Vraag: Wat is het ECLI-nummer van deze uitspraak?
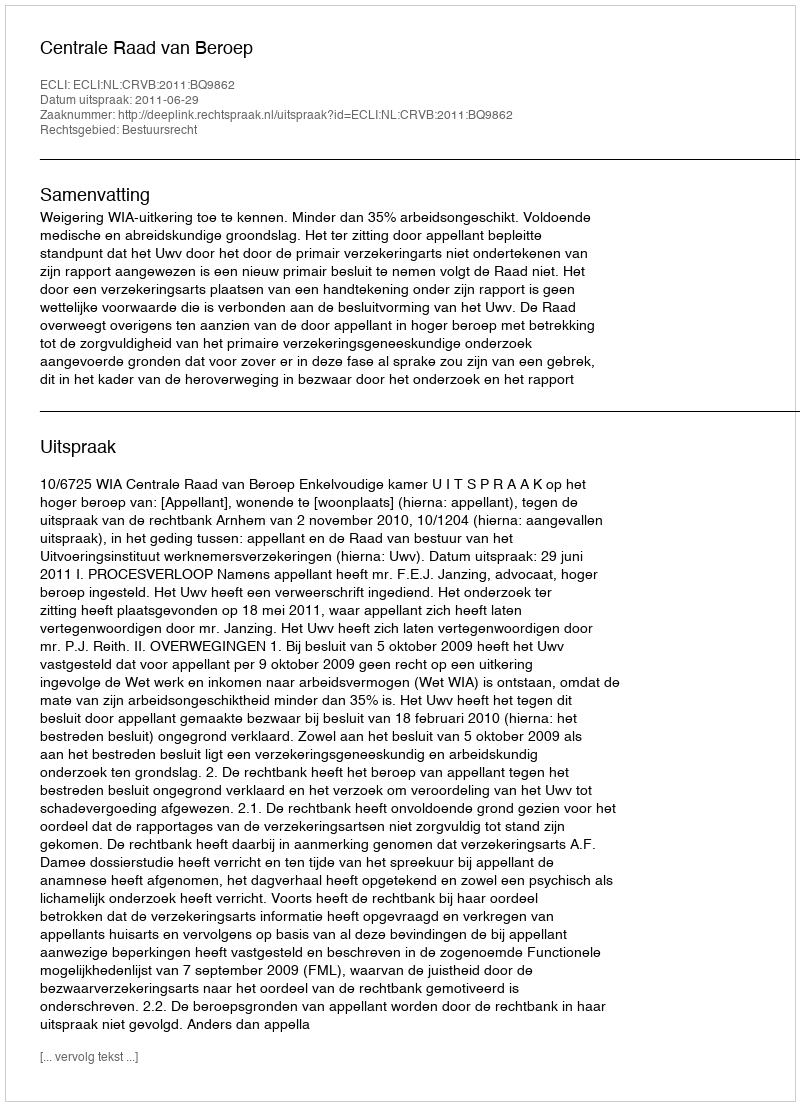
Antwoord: ECLI:NL:CRVB:2011:BQ9862